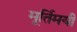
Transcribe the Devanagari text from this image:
मूर्तिमयी